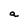
Character: a